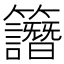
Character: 𥸄